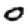
Digit: 0